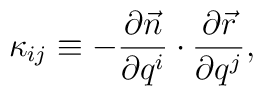
\kappa _{ij} \equiv -\frac{\partial \vec{n}}{\partial q^i} \cdot \frac{\partial \vec{r}}{\partial q^j},